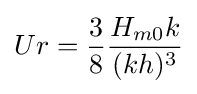
Ur={\frac {3}{8}}{\frac {H_{m0}k}{(kh)^{3}}}